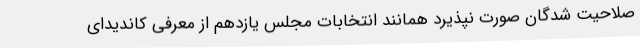
صلاحیت شدگان صورت نپذیرد همانند انتخابات مجلس یازدهم از معرفی کاندیدای